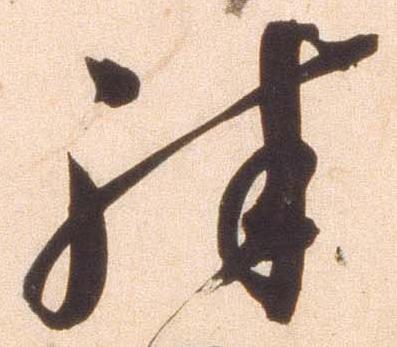
殊